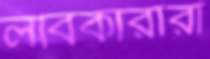
লবিকারীরা